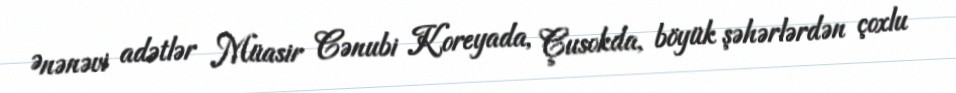
Ənənəvi adətlər Müasir Cənubi Koreyada, Çusokda, böyük şəhərlərdən çoxlu